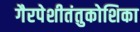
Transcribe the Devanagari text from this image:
गैरपेशीतंतुकोशिका